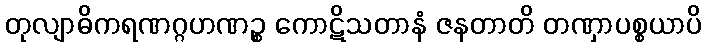
တုလျာဓိကရဏဂ္ဂဟဏဉ္စ ကောဋိသတာနံ ဇနတာတိ တဏှာပစ္စယာပိ